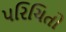
પરિચિતો